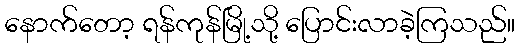
နောက်တော့ ရန်ကုန်မြို့သို့ ပြောင်းလာခဲ့ကြသည်။